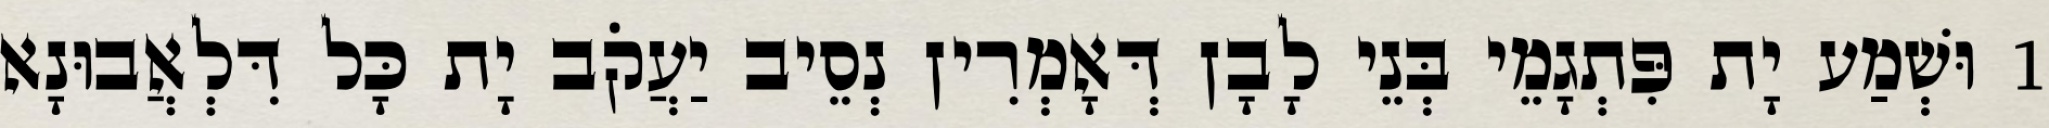
1 וּשְׁמַע יָת פִּתְגָמֵי בְּנֵי לָבָן דְּאָמְרִין נְסֵיב יַעֲקֹב יָת כָּל דִּלְאֲבוּנָא